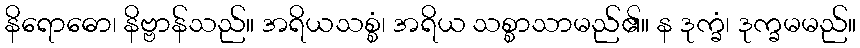
နိရောဓော၊ နိဗ္ဗာန်သည်။ အရိယသစ္စံ၊ အရိယ သစ္စာသာမည်၏။ န ဒုက္ခံ၊ ဒုက္ခမမည်။